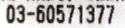
03-60571377